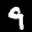
Label: 9